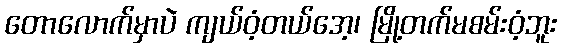
တောလောက်မှာပဲ ကျယ်ဝံ့တယ်အေ့၊ မြို့တက်မစမ်းဝံ့ဘူး